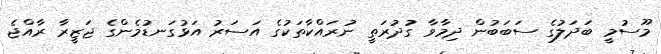
މޫސުމީ ބަދަލުގެ ސަބަބުން ދިމާވާ ގުދުރަތީ ނުރައްކާތަކުގެ އަސަރު އަޅުގަނޑުމެންގެ ޖަޒީރާ ރާއްޖެ